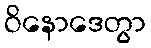
ဝိနောဒေတွာ